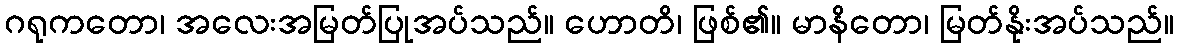
ဂရုကတော၊ အလေးအမြတ်ပြုအပ်သည်။ ဟောတိ၊ ဖြစ်၏။ မာနိတော၊ မြတ်နိုးအပ်သည်။